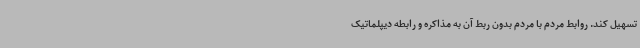
تسهیل کند. روابط مردم با مردم بدون ربط آن به مذاکره و رابطه دیپلماتیک